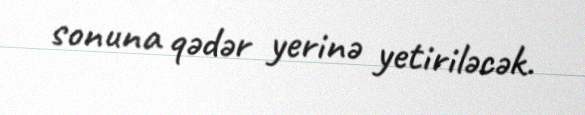
sonuna qədər yerinə yetiriləcək.